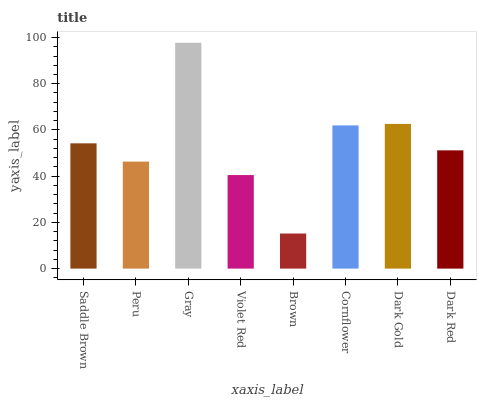
| xaxis_label | bars |
 | --- | --- |
 | Saddle Brown | 54.2 |
 | Peru | 46.3 |
 | Gray | 97.7 |
 | Violet Red | 40.5 |
 | Brown | 15.2 |
 | Cornflower | 62 |
 | Dark Gold | 62.6 |
 | Dark Red | 51.2 |